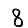
Digit: 8